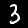
Digit: 3